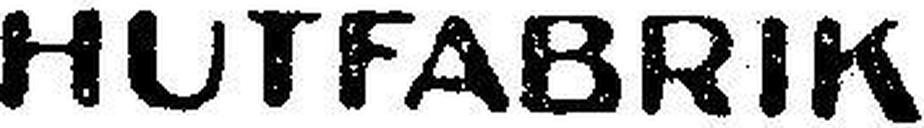
HUTFABRIK